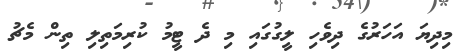
މިދިޔަ އަހަރުގެ ދިވެހި ލީގުގައި މި ދެ ޓީމު ކުރިމަތިލި ތިން މެޗު